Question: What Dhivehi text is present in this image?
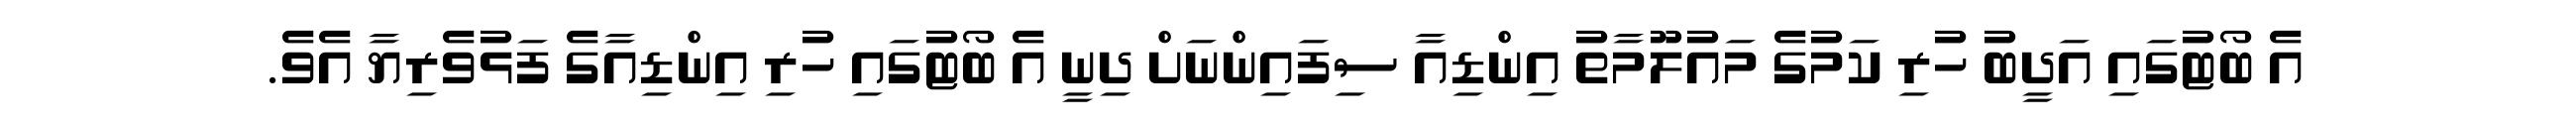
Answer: އެ ބޯޓުގައި އަދީބު ހުރި ކަމުގެ މައުލޫމާތު އިންޑިއާ ސިފައިންނަށް ދިނީ އެ ބޯޓުގައި ހުރި އިންޑިއާގެ ފަޅުވެރިޔާ އެވެ.